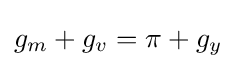
g_{m}+g_{v}=\pi +g_{y}